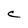
Character: C